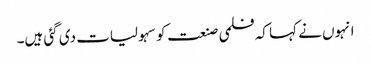
انہوں نے کہا کہ فلمی صنعت کو سہولیات دی گئی ہیں۔